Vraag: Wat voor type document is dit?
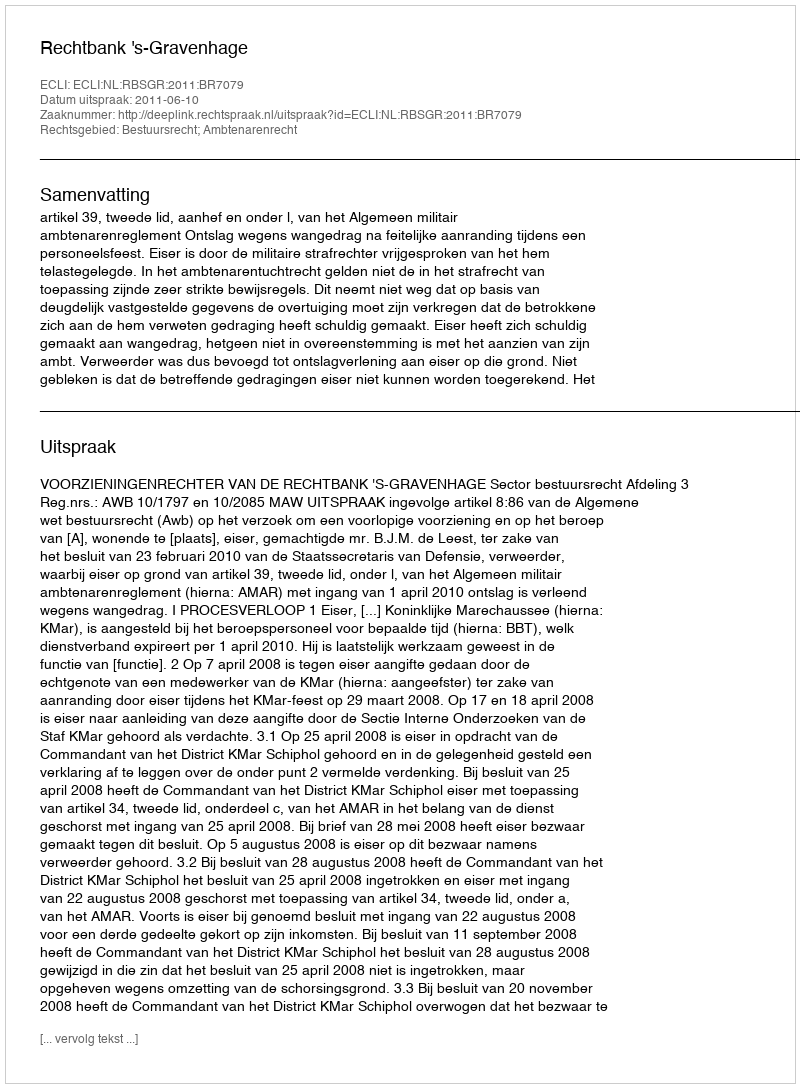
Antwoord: Uitspraak